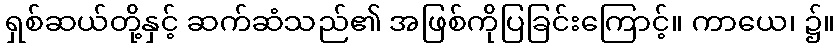
ရှစ်ဆယ်တို့နှင့် ဆက်ဆံသည်၏ အဖြစ်ကိုပြခြင်းကြောင့်။ ကာယေ၊ ၌။